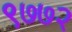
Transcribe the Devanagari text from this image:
९७७२